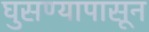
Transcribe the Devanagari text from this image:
घुसण्यापासून